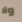
ولا